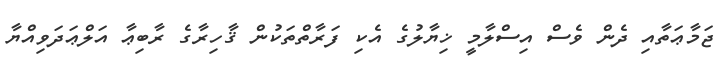
ޖަމާޢަތާއި ދެން ވެސް އިސްލާމީ ޚިޔާލުގެ އެކި ފަރާތްތަކުން ޤާހިރާގެ ރާބިޢާ އަލްޢަދަވިއްޔާ